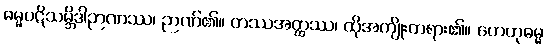
ဓမ္မပဋိသမ္ဘိဒါဉာဏဿ၊ ဉာဏ်၏။ တဿအတ္ထဿ၊ ထိုအကျိုးတရား၏။ ဟေတုဓမ္မ